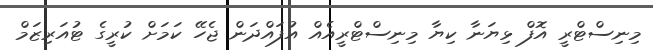
މިނިސްޓްރީ އޮފް ޅިޔަނާ ކިޔާ މިނިސްޓްރީއެއް އުފައްދަން ޖެހޭ ކަމަށް ކުރީގެ ޓުއަރިޒަމް